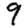
Digit: 9